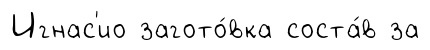
Игнас'ио загото́вка соста́в за